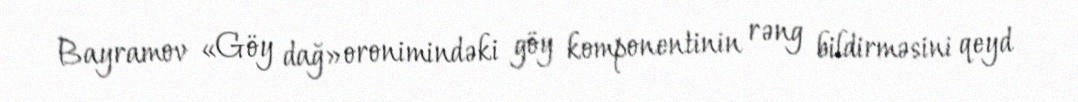
Bayramov «Göy dağ» oronimindəki göy komponentinin rəng bildirməsini qeyd